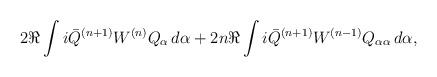
LaTeX: \begin{align*}& 2 \Re \int i\bar Q^{(n+1)} W^{(n)} Q_\alpha\,d\alpha + 2n \Re\int i \bar Q^{(n+1)} W^{(n-1)} Q_{\alpha\alpha}\, d\alpha ,\end{align*}